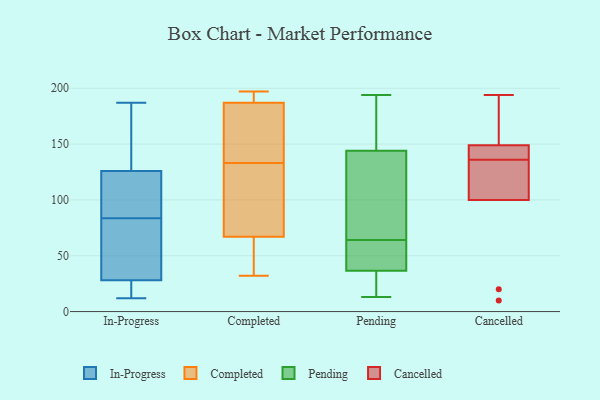
{"axis": {"x": "Inventory Turnover", "y": "Value"}, "legend": ["Cancelled", "Completed", "In-Progress", "Pending"], "data": [{"x": "", "y": 105, "type": "In-Progress"}, {"x": "", "y": 76, "type": "In-Progress"}, {"x": "", "y": 136, "type": "In-Progress"}, {"x": "", "y": 126, "type": "In-Progress"}, {"x": "", "y": 12, "type": "In-Progress"}, {"x": "", "y": 29, "type": "In-Progress"}, {"x": "", "y": 91, "type": "In-Progress"}, {"x": "", "y": 42, "type": "In-Progress"}, {"x": "", "y": 93, "type": "In-Progress"}, {"x": "", "y": 28, "type": "In-Progress"}, {"x": "", "y": 187, "type": "In-Progress"}, {"x": "", "y": 161, "type": "In-Progress"}, {"x": "", "y": 25, "type": "In-Progress"}, {"x": "", "y": 21, "type": "In-Progress"}, {"x": "", "y": 197, "type": "Completed"}, {"x": "", "y": 91, "type": "Completed"}, {"x": "", "y": 197, "type": "Completed"}, {"x": "", "y": 158, "type": "Completed"}, {"x": "", "y": 161, "type": "Completed"}, {"x": "", "y": 187, "type": "Completed"}, {"x": "", "y": 36, "type": "Completed"}, {"x": "", "y": 67, "type": "Completed"}, {"x": "", "y": 193, "type": "Completed"}, {"x": "", "y": 108, "type": "Completed"}, {"x": "", "y": 32, "type": "Completed"}, {"x": "", "y": 106, "type": "Completed"}, {"x": "", "y": 41, "type": "Completed"}, {"x": "", "y": 177, "type": "Completed"}, {"x": "", "y": 13, "type": "Pending"}, {"x": "", "y": 150, "type": "Pending"}, {"x": "", "y": 167, "type": "Pending"}, {"x": "", "y": 60, "type": "Pending"}, {"x": "", "y": 194, "type": "Pending"}, {"x": "", "y": 138, "type": "Pending"}, {"x": "", "y": 119, "type": "Pending"}, {"x": "", "y": 34, "type": "Pending"}, {"x": "", "y": 68, "type": "Pending"}, {"x": "", "y": 39, "type": "Pending"}, {"x": "", "y": 50, "type": "Pending"}, {"x": "", "y": 33, "type": "Pending"}, {"x": "", "y": 147, "type": "Cancelled"}, {"x": "", "y": 149, "type": "Cancelled"}, {"x": "", "y": 194, "type": "Cancelled"}, {"x": "", "y": 100, "type": "Cancelled"}, {"x": "", "y": 126, "type": "Cancelled"}, {"x": "", "y": 146, "type": "Cancelled"}, {"x": "", "y": 20, "type": "Cancelled"}, {"x": "", "y": 176, "type": "Cancelled"}, {"x": "", "y": 10, "type": "Cancelled"}, {"x": "", "y": 107, "type": "Cancelled"}]}